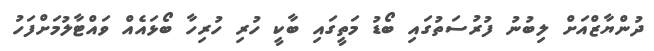
ދުންޔާޒްއަށް ލިބުނު ފުރުސަތުގައި ބޯޑު މަތީގައި ބާކީ ހުރި ހުރިހާ ބޯޅައެއް ވައްޓާލުމަށްފަހު